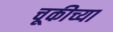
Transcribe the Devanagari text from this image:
चूकीच्या